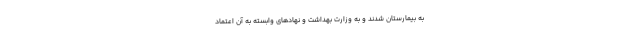
به بیمارستان شدند و به وزارت بهداشت و نهاد‌های وابسته به آن اعتماد